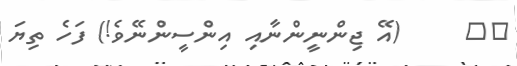
١٦     (އޭ ޖިންނީންނާއި އިންސީންނޭވެ!) ފަހެ ތިޔަ